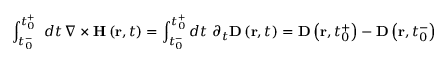
\int _ { t _ { 0 } ^ { - } } ^ { t _ { 0 } ^ { + } } \, \, d t \, \nabla \times \mathbf { H } \left( \mathbf { r } , t \right) = \int _ { t _ { 0 } ^ { - } } ^ { t _ { 0 } ^ { + } } d t \, \, \partial _ { t } \mathbf { D } \left( \mathbf { r } , t \right) = \mathbf { D } \left( \mathbf { r } , t _ { 0 } ^ { + } \right) - \mathbf { D } \left( \mathbf { r } , t _ { 0 } ^ { - } \right)